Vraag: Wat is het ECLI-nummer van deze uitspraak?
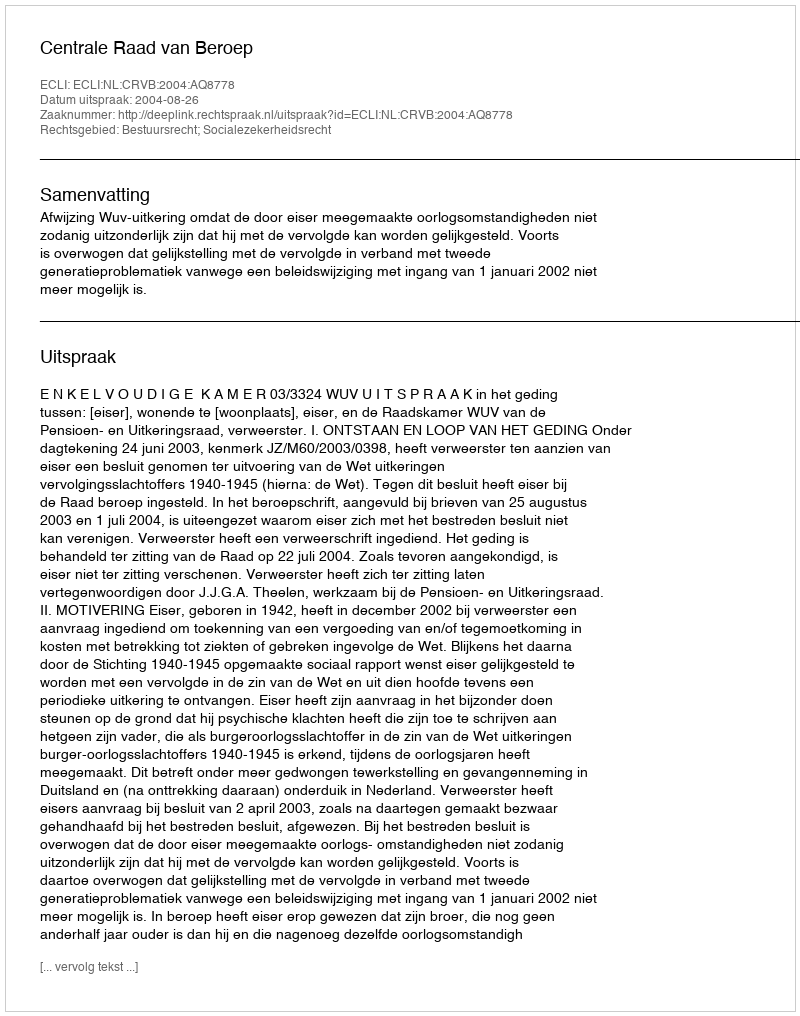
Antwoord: ECLI:NL:CRVB:2004:AQ8778